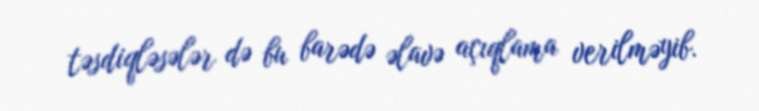
təsdiqləsələr də bu barədə əlavə açıqlama verilməyib.